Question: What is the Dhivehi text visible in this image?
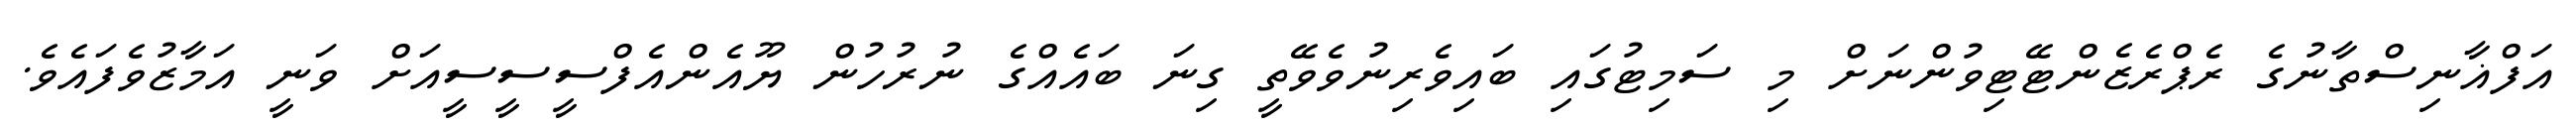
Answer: އަފްޣާނިސްތާނުގެ ރެޕްރެޒެންޓޭޓިވުންނަށް މި ސަމިޓުގައި ބައިވެރިނުވެވޭތީ ގިނަ ބައެއްގެ ނުރުހުން ޔޫއެންއެފްސީސީސީއަށް ވަނީ އަމާޒުވެފައެވެ.